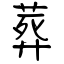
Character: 葬